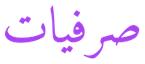
صرفيات